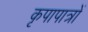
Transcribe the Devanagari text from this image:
कृपापात्रों